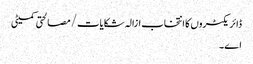
ڈائریکٹروں کا انتخاب ازالہ شکایات/ مصالحتی کمیٹی
اے۔